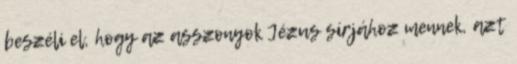
beszéli el, hogy az asszonyok Jézus sírjához mennek, azt